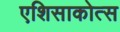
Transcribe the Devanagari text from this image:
एशिसाकोत्स